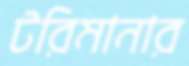
টরিমানার